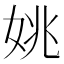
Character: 姚